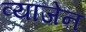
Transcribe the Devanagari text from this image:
व्याजेन